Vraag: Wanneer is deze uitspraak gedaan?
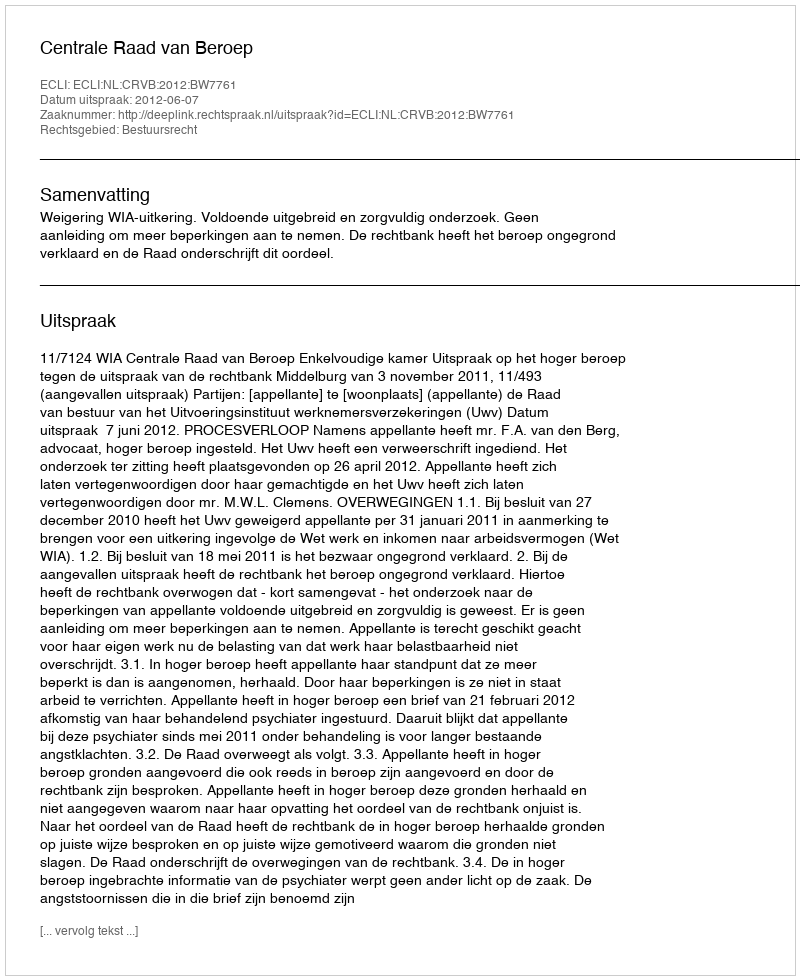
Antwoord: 2012-06-07